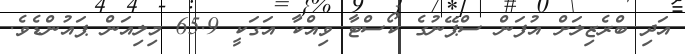
އަދި ބްރެޒިލަށް އުފަން ސްޕޭނުގެ ކޯސްޓާ ވިއްކާ އަގަކީ 65.9 މިލިއަން ޕައުންޑެވެ.